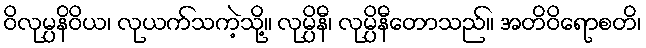
ဝိလုမ္ပနိဝိယ၊ လုယက်သကဲ့သို့။ လုမ္ပိနီ၊ လုမ္ပိနီတောသည်။ အတိဝိရောစတိ၊